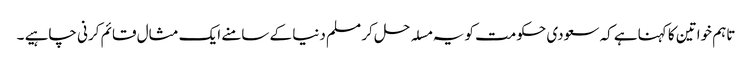
تاہم خواتین کا کہناہے کہ سعودی حکومت کو یہ مسلہ حل کر مسلم دنیا کے سامنے ایک مثال قائم کرنی چاہیے ۔